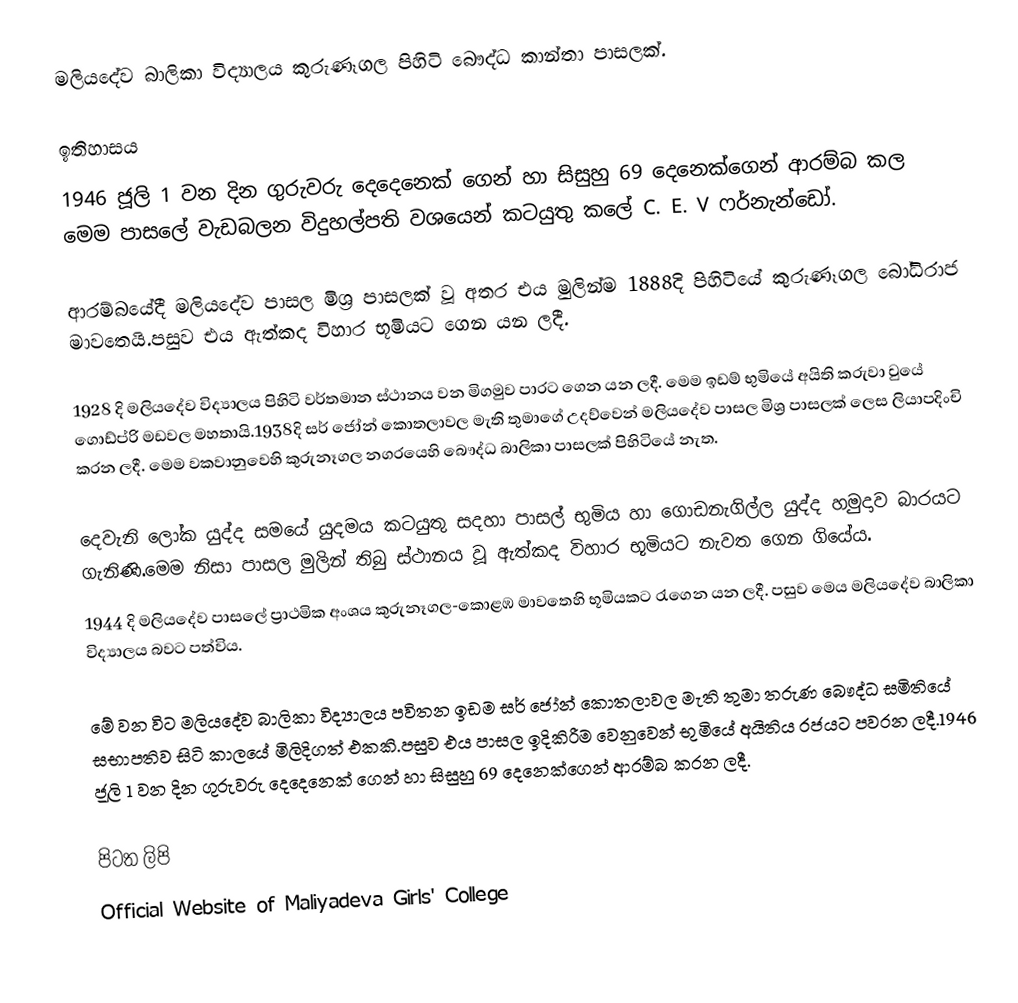
මලියදේව බාලිකා විද්‍යාලය කුරුණෑගල පිහිටි බෞද්ධ කාන්තා පාසලක්.

ඉතිහාසය
1946 ජූලි 1 වන දින ගුරුවරු දෙදෙනෙක් ගෙන් හා සිසුහු 69 දෙනෙක්ගෙන් ආරම්බ කල මෙම පාසලේ වැඩබලන විදුහල්පති වශයෙන් කටයුතු කලේ  C. E. V ෆර්නැන්ඩෝ.

ආරම්බයේදී මලියදේව පාසල මිශ්‍ර පාසලක් වූ අතර එය මුලින්ම 1888දි පිහිටියේ කුරුණෑගල බෝධිරාජ මාවතෙයි.පසුව එය ඇත්කද විහාර භූමියට ගෙන යන ලදී.

1928 දි මලියදේව විද්‍යාලය පිහිටි වර්තමාන ස්ථානය වන මිගමුව පාරට ගෙන යන ලදී. මෙම ඉඩම් භුමියේ අයිති කරුවා වුයේ ගොඩ්ප්රි මඩවල මහතායි.1938දි සර් ජෝන් කොතලාවල මැති තුමාගේ උදව්වෙන් මලියදේව පාසල මිශ්‍ර පාසලක් ලෙස ලියාපදිංචි කරන ලදී. මෙම වකවානුවෙහි කුරුනෑගල නගරයෙහි බෞද්ධ බාලිකා පාසලක් පිහිටියේ නැත.

දෙවැනි ලෝක යුද්ද සමයේ යුදමය කටයුතු සදහා පාසල් භුමිය හා ගොඩනැගිල්ල යුද්ද හමුදාව බාරයට ගැනිණි.මෙම නිසා පාසල මුලින් තිබු ස්ථානය වූ ඇත්කද විහාර භූමියට නැවත ගෙන ගියේය.
1944 දි මලියදේව පාසලේ ප්‍රාථමික අංශය කුරුනෑගල-කොළඹ මාවතෙහි භූමියකට රැගෙන යන ලදී. පසුව මෙය මලියදේව බාලිකා විද්‍යාලය බවට පත්විය. 

මේ වන විට මලියදේව බාලිකා විද්‍යාලය පවිතන ඉඩම සර් ජෝන් කොතලාවල මැති තුමා තරුණ බෞද්ධ සමිතියේ සභාපතිව සිටි කාලයේ මිලිදිගත් එකකි.පසුව එය පාසල ඉදිකිරීම වෙනුවෙන් භුමියේ අයිතිය රජයට පවරන ලදී.1946 ජූලි 1 වන දින ගුරුවරු දෙදෙනෙක් ගෙන් හා සිසුහු 69 දෙනෙක්ගෙන් ආරම්බ කරන ලදී.

පිටත ලිපි
 Official Website of Maliyadeva Girls' College